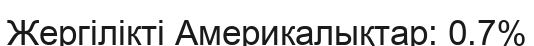
Жергілікті Америкалықтар: 0.7%